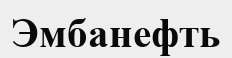
Эмбанефть